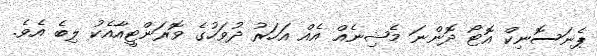
ޕެނަސޮނިކް އޮޓޯ ދޮންނަ މެޝިނެއް އެއް އަހަރު ދުވަހުގެ ވޮރަންޓީއާއެކު ލިބެ އެވެ.